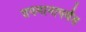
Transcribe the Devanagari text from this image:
तपमानापर्यंत